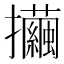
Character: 𢺃